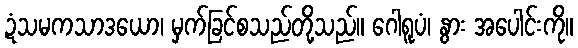
ဍံသမကသာဒယော၊ မှက်ခြင်စသည်တို့သည်။ ဂေါရူပံ၊ နွား အပေါင်းကို။